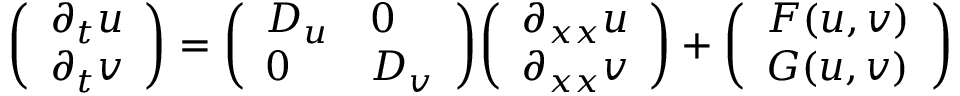
{ \left( \begin{array} { l } { \partial _ { t } u } \\ { \partial _ { t } v } \end{array} \right) } = { \left( \begin{array} { l l } { D _ { u } } & { 0 } \\ { 0 } & { D _ { v } } \end{array} \right) } { \left( \begin{array} { l } { \partial _ { x x } u } \\ { \partial _ { x x } v } \end{array} \right) } + { \left( \begin{array} { l } { F ( u , v ) } \\ { G ( u , v ) } \end{array} \right) }